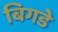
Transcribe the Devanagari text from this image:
बिगडे